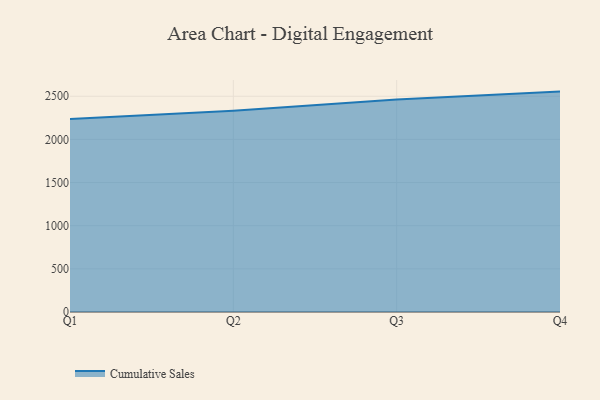
{"axis": {"x": "Quarter", "y": "Operating Costs (USD K)"}, "legend": ["Cumulative Sales"], "data": [{"x": "Q1", "y": 2237.0, "type": "Cumulative Sales"}, {"x": "Q2", "y": 2331.9, "type": "Cumulative Sales"}, {"x": "Q3", "y": 2461.2, "type": "Cumulative Sales"}, {"x": "Q4", "y": 2554.2, "type": "Cumulative Sales"}]}